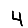
Digit: 4